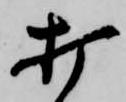
打